Annual administration report of the Civil Veterinary Department of India - 1896-1897
Year: 1896
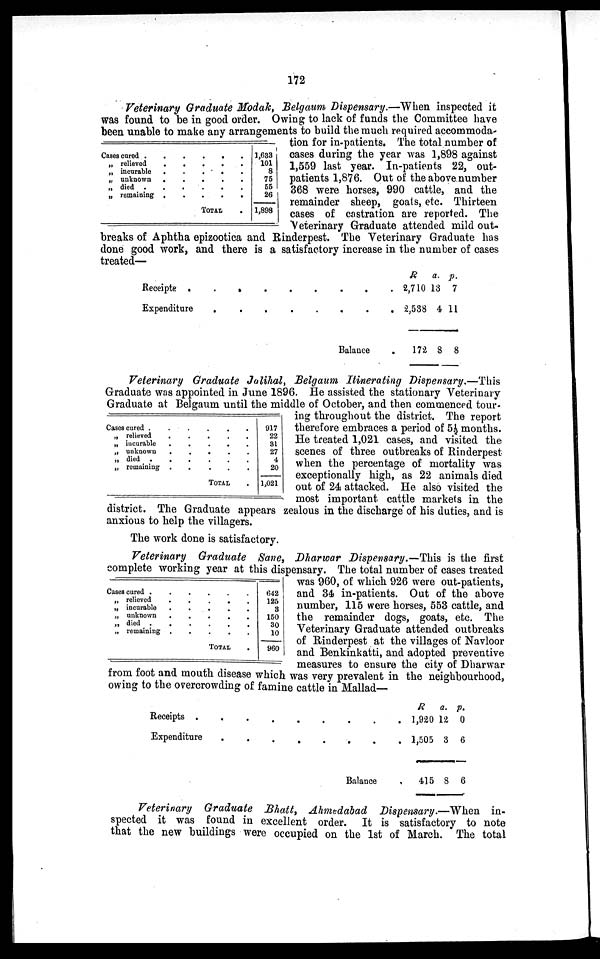
172
Veterinary Graduate Modak, Belgaum Dispensary.—When inspected it
was found to be in good order. Owing to lack of funds the Committee have
been unable to make any arrangements to build the much required accommoda-
tion for in-patients. The total number of
cases during the year was 1,898 against
1,559 last year. In-patients 22, out-
patients 1,876. Out of the above number
368 were horses, 990 cattle, and the
remainder sheep, goats, etc. Thirteen
cases of castration are reported. The
Veterinary Graduate attended mild out
breaks of Aphtha epizootica and Rinderpest. The Veterinary Graduate has
done good work, and there is a satisfactory increase in the number of cases
treated—
Cases cured . . . . . .
„ relieved . . . . .
„ incursble . . . . .
„ unknown . . . . .
„ died . . . . . .
„ remaining . . . . .
TOTAL .
1,633
101
8
75
55
26
1,898
Receipte .
.
.
.
.
.
.
.
Expenditure
.
.
.
.
.
.
.
Balance .
R
2,710
2,538
172
a.
13
4
8
p.
7
11
8
Veterinary Graduate Jalihal, Belgaum Itinerating Dispensary.—This
Graduate was appointed in June 1896. He assisted the stationary Veterinary
Graduate at Belgaum until the middle of October, and then commenced tour-
ing throughout the district. The report
therefore embraces a period of 5½ months.
He treated 1,021 cases, and visited the
scenes of three outbreaks of Rinderpest
when the percentage of mortality was
exceptionally high, as 22 animals died
out of 24 attacked. He also visited the
most important cattle markets in the
district. The Graduate appears zealous in the discharge of his duties, and is
anxious to help the villagers.
The work done is satisfactory.
Cases cured . . . . . .
„ relieved . . . . .
„ incurable . . . . .
„ unknown . . . . .
„ died . . . . . .
„ remaining . . . . .
TOTAL .
917
22
31
27
4
20
1,021
Veterinary Graduate Sane, Dharwar Dispensary.—This is the first
complete working year at this dispensary. The total number of cases treated
was 960, of which 926 were out-patients,
and 34 in-patients. Out of the above
number, 115 were horses, 553 cattle, and
the remainder dogs, goats, etc. The
Veterinary Graduate attended outbreaks
of Rinderpest at the villages of Navloor
and Benkinkatti, and adopted preventive
measures to ensure the city of Dharwar
from foot and mouth disease which was very prevalent in the neighbourhood,
owing to the overcrowding of famine cattle in Mallad—
Cases cured . . . . .
„ relieved . . . . .
„ incurable . . . . .
„ unknown . . . . .
„ died .
. . . .
„ remaining . . . .
TOTAL .
642
125
3
150
30
10
960
Receipts
.
.
.
.
.
.
.
Expenditure
.
.
.
.
.
.
Balance .
R
1,920
1,505
415
a.
12
3
8
p.
0
6
6
Veterinary Graduate Bhatt, Ahmedabad Dispensary.—When
in-
spected it was found in excellent order. It is satisfactory to note
that the new buildings were occupied on the 1st of March. The total